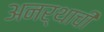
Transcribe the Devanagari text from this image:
अनर्थाची